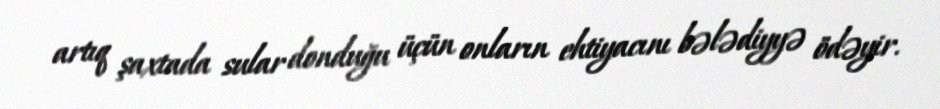
artıq şaxtada sular donduğu üçün onların ehtiyacını bələdiyyə ödəyir.